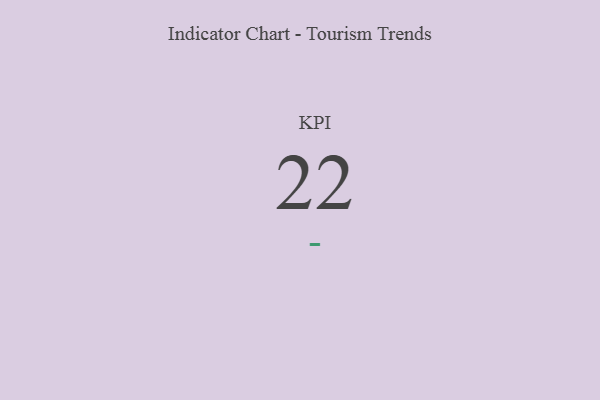
{"axis": {"x": "KPI", "y": "Value"}, "legend": [""], "data": [{"x": "KPI", "y": 22, "type": ""}]}